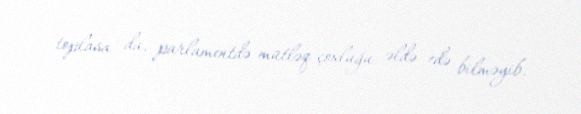
toplasa da, parlamentdə mütləq çoxluğu əldə edə bilməyib.